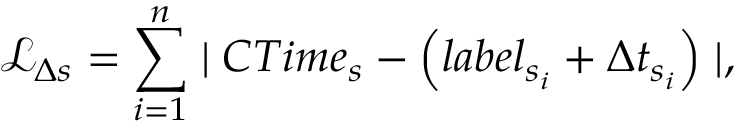
\mathcal { L } _ { \Delta s } = \sum _ { i = 1 } ^ { n } \mid { C T i m e } _ { s } - \left( { l a b e l } _ { s _ { i } } + \Delta t _ { s _ { i } } \right) \mid ,